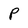
Character: p